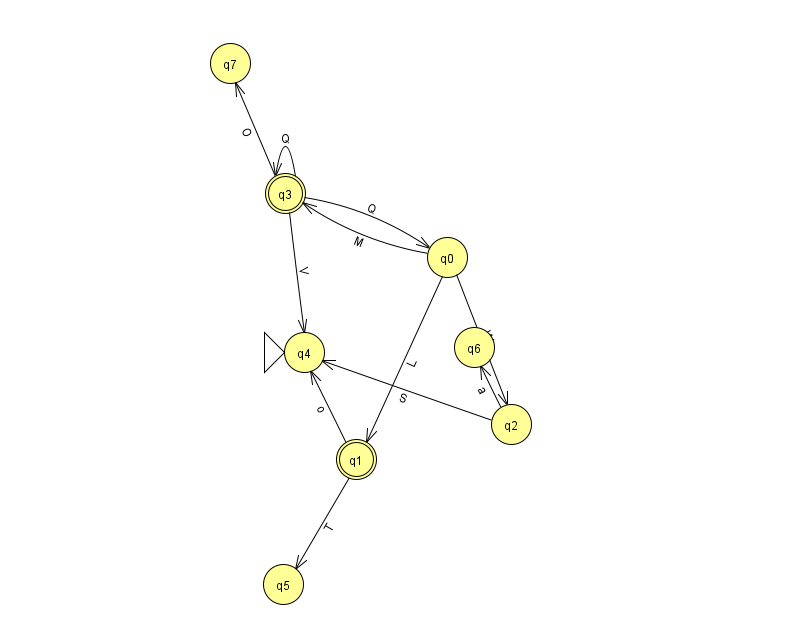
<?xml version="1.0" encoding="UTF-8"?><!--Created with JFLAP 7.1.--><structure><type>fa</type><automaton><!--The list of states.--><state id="0" name="q0"><x>447.0</x><y>244.0</y></state><state id="1" name="q1"><x>356.0</x><y>446.0</y><final/></state><state id="2" name="q2"><x>511.0</x><y>411.0</y></state><state id="3" name="q3"><x>285.0</x><y>180.0</y><final/></state><state id="4" name="q4"><x>304.0</x><y>339.0</y><initial/></state><state id="5" name="q5"><x>283.0</x><y>571.0</y></state><state id="6" name="q6"><x>474.0</x><y>334.0</y></state><state id="7" name="q7"><x>230.0</x><y>50.0</y></state><!--The list of transitions.--><transition><from>2</from><to>6</to><read>a</read></transition><transition><from>3</from><to>3</to><read>Q</read></transition><transition><from>1</from><to>5</to><read>T</read></transition><transition><from>3</from><to>0</to><read>Q</read></transition><transition><from>0</from><to>1</to><read>L</read></transition><transition><from>2</from><to>4</to><read>S</read></transition><transition><from>1</from><to>4</to><read>o</read></transition><transition><from>3</from><to>4</to><read>V</read></transition><transition><from>0</from><to>2</to><read>W</read></transition><transition><from>3</from><to>7</to><read>O</read></transition><transition><from>0</from><to>3</to><read>M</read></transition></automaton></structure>